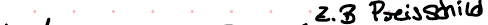
z.B Preisschild